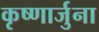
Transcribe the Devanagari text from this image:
कृष्णार्जुना